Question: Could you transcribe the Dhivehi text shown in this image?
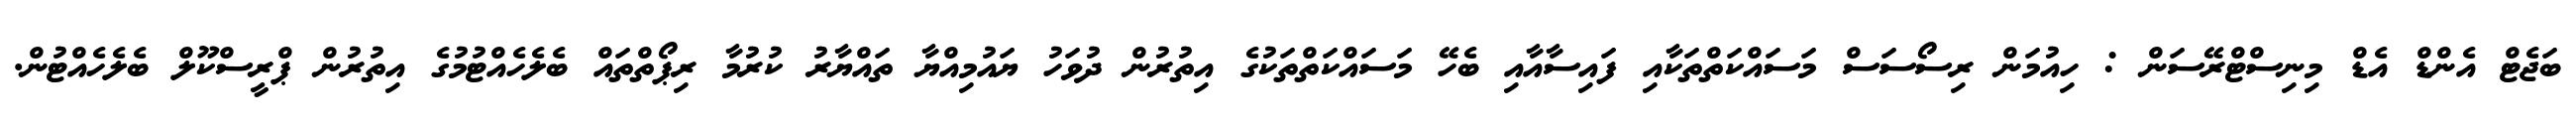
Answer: ބަޖެޓް އެންޑް އެޑް މިނިސްޓްރޭސަން : ހިއުމަން ރިސޯސަސް މަސައްކަތްތަކާއި ފައިސާއާއި ބެހޭ މަސައްކަތްތަކުގެ އިތުރުން ދުވަހު ޔައުމިއްޔާ ތައްޔާރު ކުރުމާ ރިޕޯތްތައް ބެލެހެއްޓުމުގެ އިތުރުން ޕްރީސްކޫލް ބެލެހެއްޓުން.